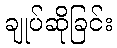
ချုပ်ဆိုခြင်း